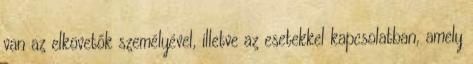
van az elkövetők személyével, illetve az esetekkel kapcsolatban, amely